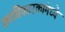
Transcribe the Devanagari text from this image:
क्रांतिकारकांमध्ये